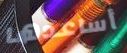
أساعدها